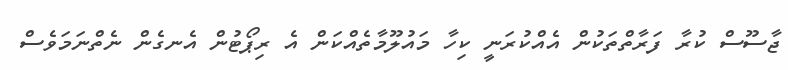
ޖާސޫސް ކުރާ ފަރާތްތަކުން އެއްކުރަނީ ކިހާ މައުލޫމާތެއްކަން އެ ރިޕޯޓުން އެނގެން ނެތްނަމަވެސް